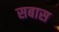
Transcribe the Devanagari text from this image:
सबास